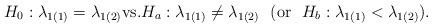
LaTeX: \begin{align*}H_0:\lambda_{1(1)}=\lambda_{1(2)} \mbox{vs.}H_a:\lambda_{1(1)}\neq \lambda_{1(2)}\ \ (\mbox{or }\ H_b:\lambda_{1(1)}< \lambda_{1(2)}). \end{align*}